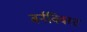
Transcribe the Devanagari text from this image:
बर्नक्विस्ट